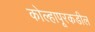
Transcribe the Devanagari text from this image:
कोल्हापूरकडील